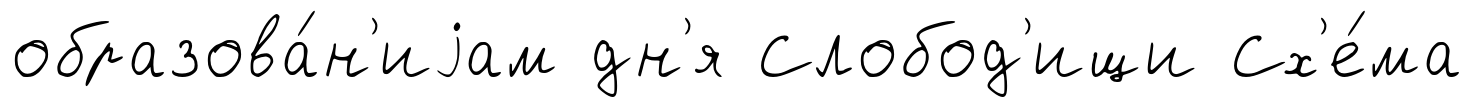
образова́н'иjам дн'я Слобод'ищи Сх'е́ма